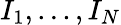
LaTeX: I_{1},...,I_{N}